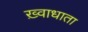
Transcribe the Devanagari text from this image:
ख़्वाधाता